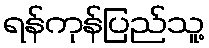
ရန်ကုန်ပြည်သူ့